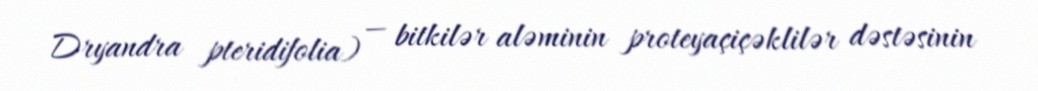
Dryandra pteridifolia) — bitkilər aləminin proteyaçiçəklilər dəstəsinin